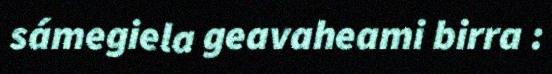
sámegiela geavaheami birra :